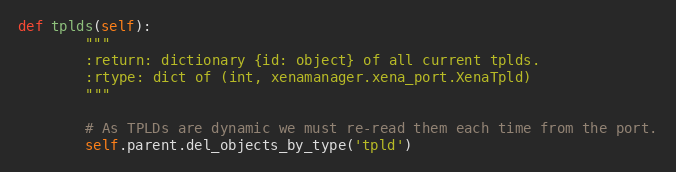
Language: Python
def tplds(self):
        """
        :return: dictionary {id: object} of all current tplds.
        :rtype: dict of (int, xenamanager.xena_port.XenaTpld)
        """

        # As TPLDs are dynamic we must re-read them each time from the port.
        self.parent.del_objects_by_type('tpld')